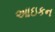
આઇકન